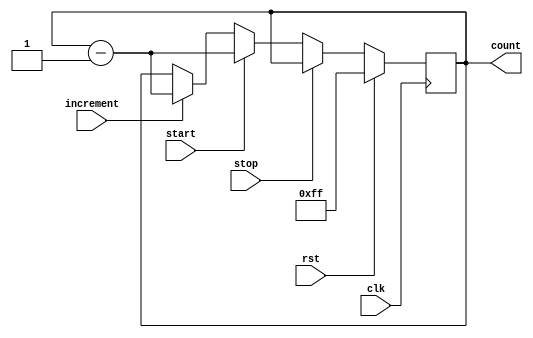
module Countdown_Timer (
    input wire clk,           // Synchronous clock input
    input wire rst,           // Reset signal
    input wire start,         // Start signal
    input wire stop,          // Stop signal
    input wire increment,     // Increment signal
    
    output reg [7:0] count    // Countdown value (8-bit starting value)
);

always @(posedge clk) begin
    if(rst) begin
        count <= 8'hFF;     // Reset countdown value to starting value
    end else begin
        if(increment) begin
            count <= count - 1; // Decrement countdown value on increment signal
        end

        if(start) begin
            count <= count - 1; // Start countdown
        end

        if(stop) begin
            count <= count;     // Stop countdown
        end
    end
end

endmodule